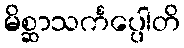
မိစ္ဆာသင်္ကပ္ပေါတိ